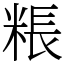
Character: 粻